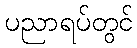
ပညာရပ်တွင်